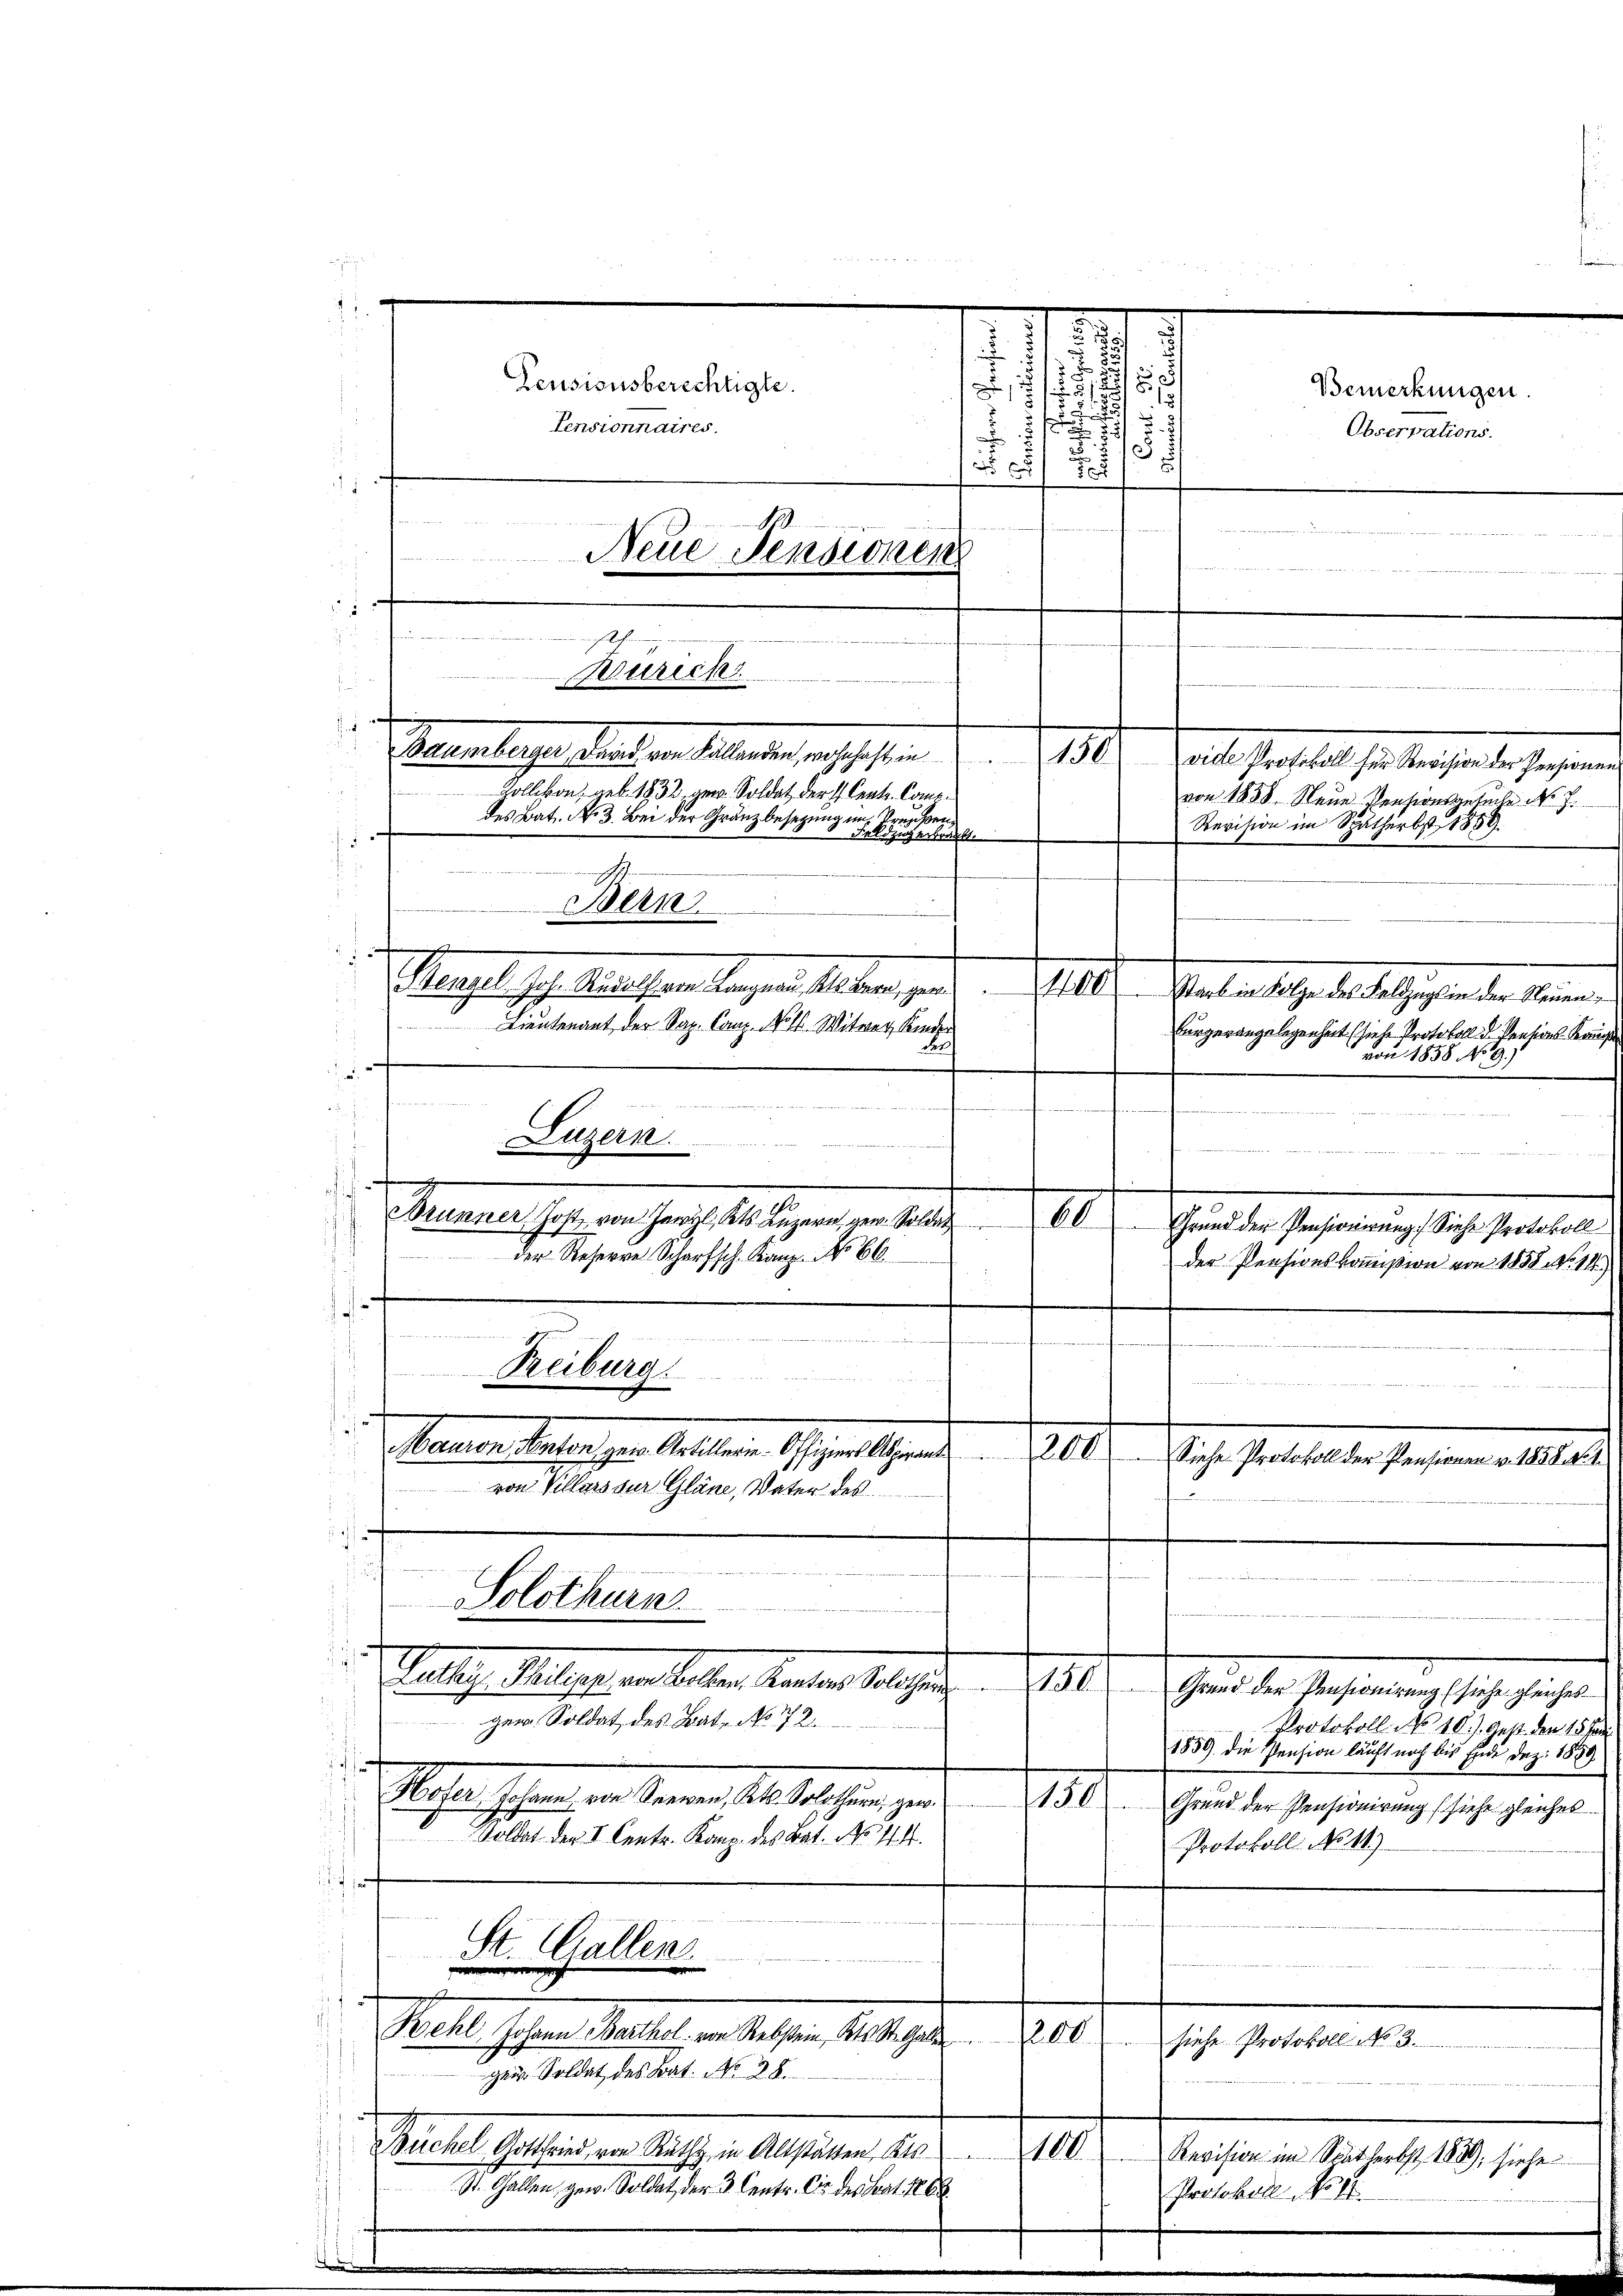
.
e
.
 33
Pensionsberechtigte.
18.
.
f
Pensionnaires.
x
.
13.
N 5f 5
Neue Pensionen

Bodumberger, dard von Fallenden wohnhaft in 150
vide Protokoll für Revision der Pensionen
Zollikon, geb. 1832. gew. Soldat der 1. Centr. Comp.
von 1838, Neue Pensionsansache No 7.
des Bat. No. 3. Bei der Gränzbesezung im Preußer¬
Revision im Spätherbst 1859
Feldzug erbracht.
.
f

Bern
7
Steigel, Joh. Rudolf von Langnau, Kt. Bern, ger. 400 Starb in Folge des Feldzugs in der Neuen¬
Lieutenant der Sap. Canz. No 11. Witwer Kinder
Bürgerangelegenheit (siehe Protokoll d. Pensions Kau
von 1858 No 9.)
.
en seien de

Luzern.
denden und
d

Brunner Jost von Hartl, Kts. Luzern gew. Soldat 60 Grund der Pensionirung. Siehe Protokoll
der Reherre Scharfsch. Kanz. No 66
der Pensionskommißion von 1858 No 14.

seh.
Zürich
.
n

2
ud
Luthy, Philipp von Bollen, Kantons Solothur
1
Grund der Pensionirung (siehe gleiches
zer Soldat des Bat. No 72.
1859 die Pension läuft noch bis Ende dez. 1889

Hofer Johann von Seeren, Kts. Solothurn, gew
150f
Grund der Pensionirung (siehe gleiches
Woldat der V. Centr. Kanz. des Bat. No 114.
Protokoll No 141)

St. Gallenz
.
Behl, Johann Barthol. von Rebstein, Kts. St. Galler  2200 siehe Protokoll No 3.
gen Soldat des Bat. No 28.
Buchel Rottfried von Rath in Altstätten des 100 Revision im Sintherbst 1839, siehe
 St. Gallen, gew. Soldat der 3. Centr. Cie des Bat. 1888
Protokoll No 4.

4

S 12 Later

zin an der
Reiburg.

Solothurn.

.

2

7

Bemerkungen.
Observations.

.
Mauren Anton gew. Artillerie-Offiziers Aspiran 200
Siehe Protokoll der Pensionen v. 1858 n 1.
von Villars sur Gläne, Vater des
 rathe der

Protokoll No 10). Gest. den 15. Jan.